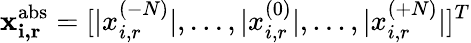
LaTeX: \mathbf{x_{i,r}^{\textrm{abs}}}=[|x_{i,r}^{(-N)}|,...,|x_{i,r}^{(0)}|,...,|x_{i,r}^{(+N)}|]^{T}